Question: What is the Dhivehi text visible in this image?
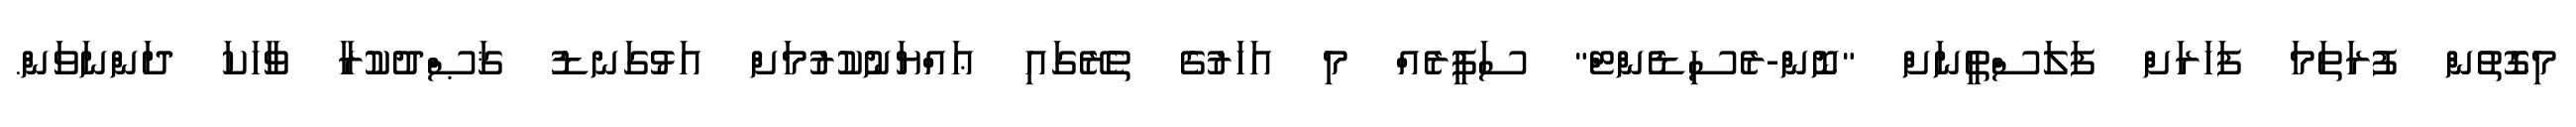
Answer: މިގޮތުން ފުރަތަމަ ފަހަރަށް ފަލަސްޠީނަށް "ނޮން-ރެސިޑެންޓް" ސަފީރެއް މި އަހަރުގެ ތެރޭގައި ޢައްޔަނުކުރުމަށް އަޅުގަނޑު ޤަޞްދުކުރާ ވާހަކަ ދަންނަވަން.